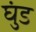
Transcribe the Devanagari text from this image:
घुंड